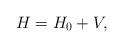
LaTeX: \begin{align*}H = H_{0} + V,\end{align*}